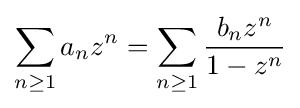
\sum _{n\geq 1}a_{n}z^{n}=\sum _{n\geq 1}{\frac {b_{n}z^{n}}{1-z^{n}}}